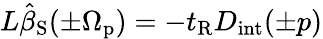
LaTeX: L\hat{\beta}_{\mathrm{S}}(\pm\Omega_{\mathrm{p}})=-t_{\mathrm{R}}D_{\mathrm{int}}(\pm p)